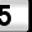
Digit: 5